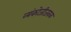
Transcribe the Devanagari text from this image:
व्यंकोजीजवळ